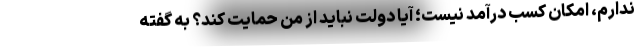
ندارم، امکان کسب درآمد نیست؛ آیا دولت نباید از من حمایت کند؟ به گفته